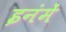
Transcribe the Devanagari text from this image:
इनंमें